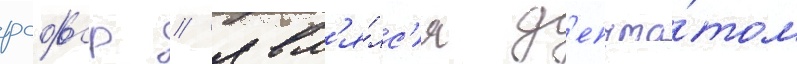
рсфср / явл'я́лс'я д'епута́том